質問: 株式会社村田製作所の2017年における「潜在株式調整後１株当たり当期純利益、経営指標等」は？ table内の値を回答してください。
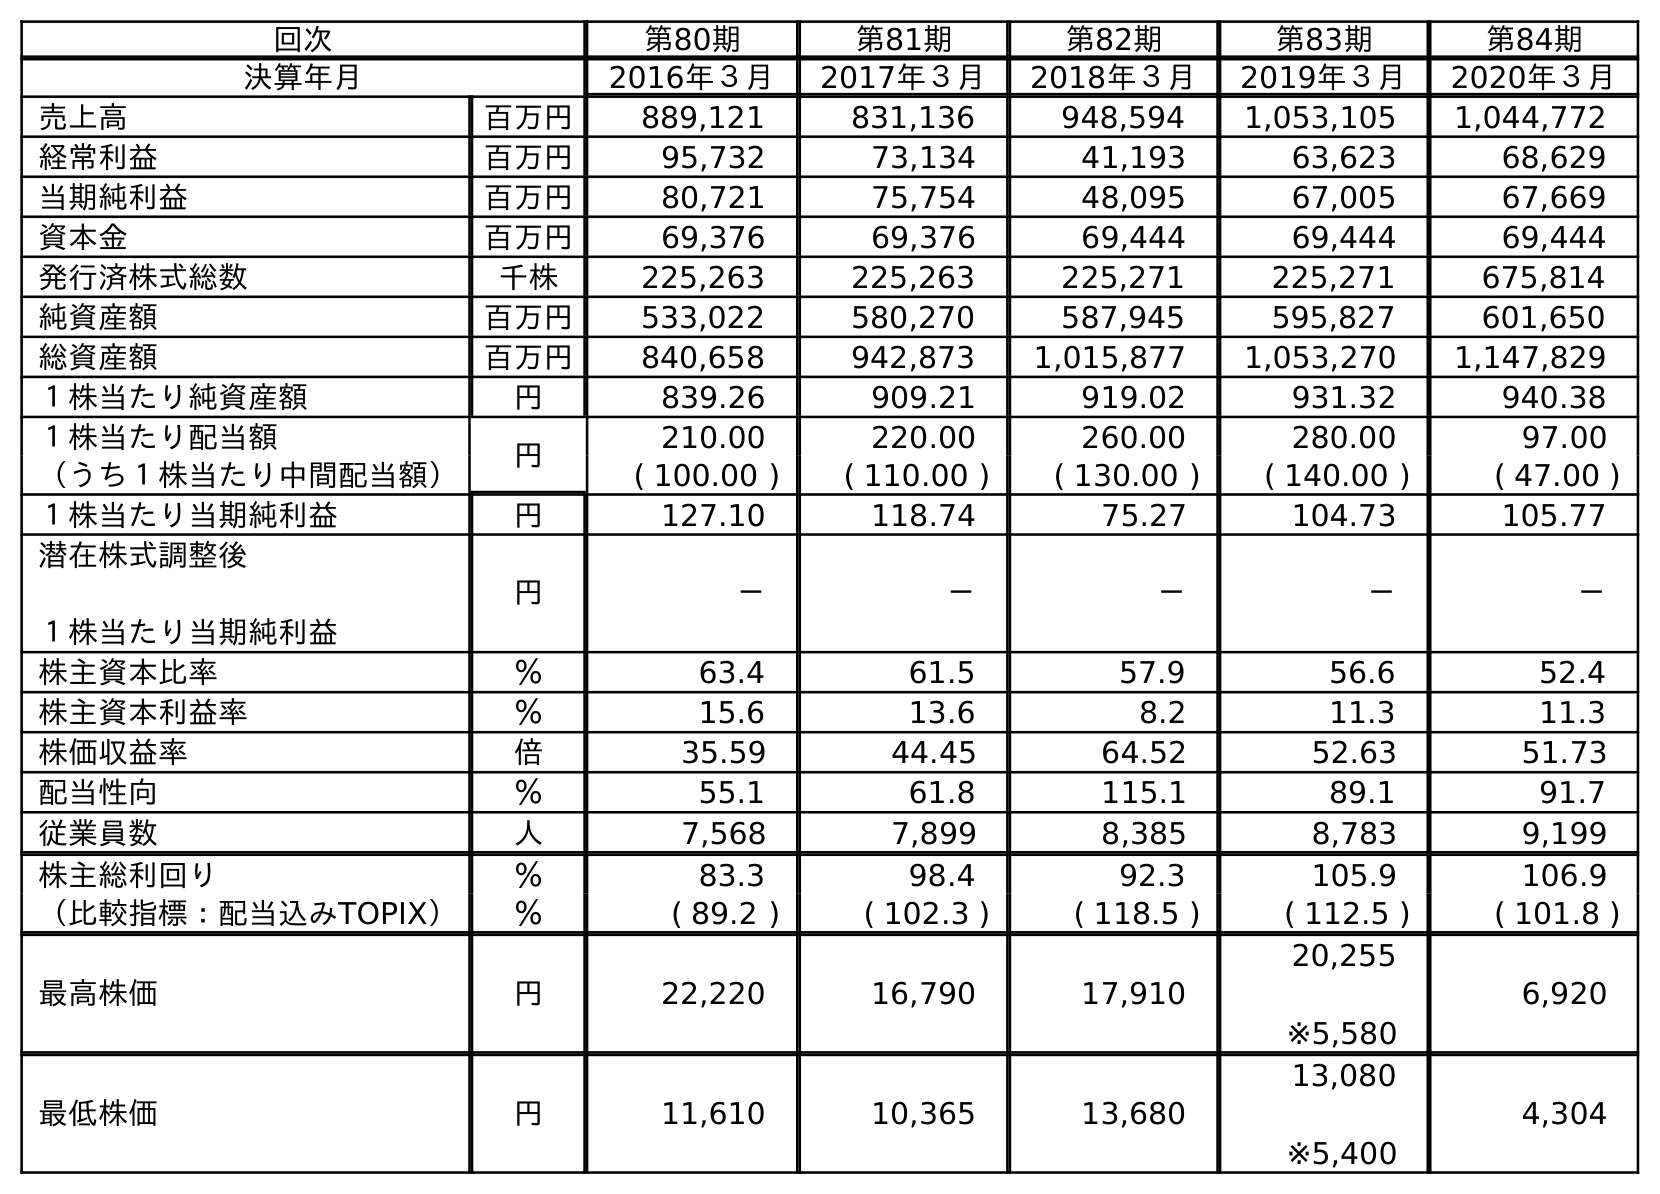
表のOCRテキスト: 回次 第80期 第81期 第82期 第83期 第84期 決算年月 2016年３月 2017年３月 2018年３月 2019年３月 2020年３月 売上高 百万円 889,121 831,136 948,594 1,053,105 1,044,772 経常利益 百万円 95,732 73,134 41,193 63,623 68,629 当期純利益 百万円 80,721 75,754 48,095 67,005 67,669 資本金 百万円 69,376 69,376 69,444 69,444 69,444 発行済株式総数 千株 225,263 225,263 225,271 225,271 675,814 純資産額 百万円 533,022 580,270 587,945 595,827 601,650 総資産額 百万円 840,658 942,873 1,015,877 1,053,270 1,147,829 １株当たり純資産額 円 839.26 909.21 919.02 931.32 940.38 １株当たり配当額 円 210.00 220.00 260.00 280.00 97.00 （うち１株当たり中間配当額） ( 100.00 ) ( 110.00 ) ( 130.00 ) ( 140.00 ) ( 47.00 ) １株当たり当期純利益 円 127.10 118.74 75.27 104.73 105.77 潜在株式調整後 １株当たり当期純利益 円 － － － － － 株主資本比率 ％ 63.4 61.5 57.9 56.6 52.4 株主資本利益率 ％ 15.6 13.6 8.2 11.3 11.3 株価収益率 倍 35.59 44.45 64.52 52.63 51.73 配当性向 ％ 55.1 61.8 115.1 89.1 91.7 従業員数 人 7,568 7,899 8,385 8,783 9,199 株主総利回り ％ 83.3 98.4 92.3 105.9 106.9 （比較指標：配当込みTOPIX） ％ ( 89.2 ) ( 102.3 ) ( 118.5 ) ( 112.5 ) ( 101.8 ) 最高株価 円 22,220 16,790 17,910 20,255 ※5,580 6,920 最低株価 円 11,610 10,365 13,680 13,080 ※5,400 4,304
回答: －